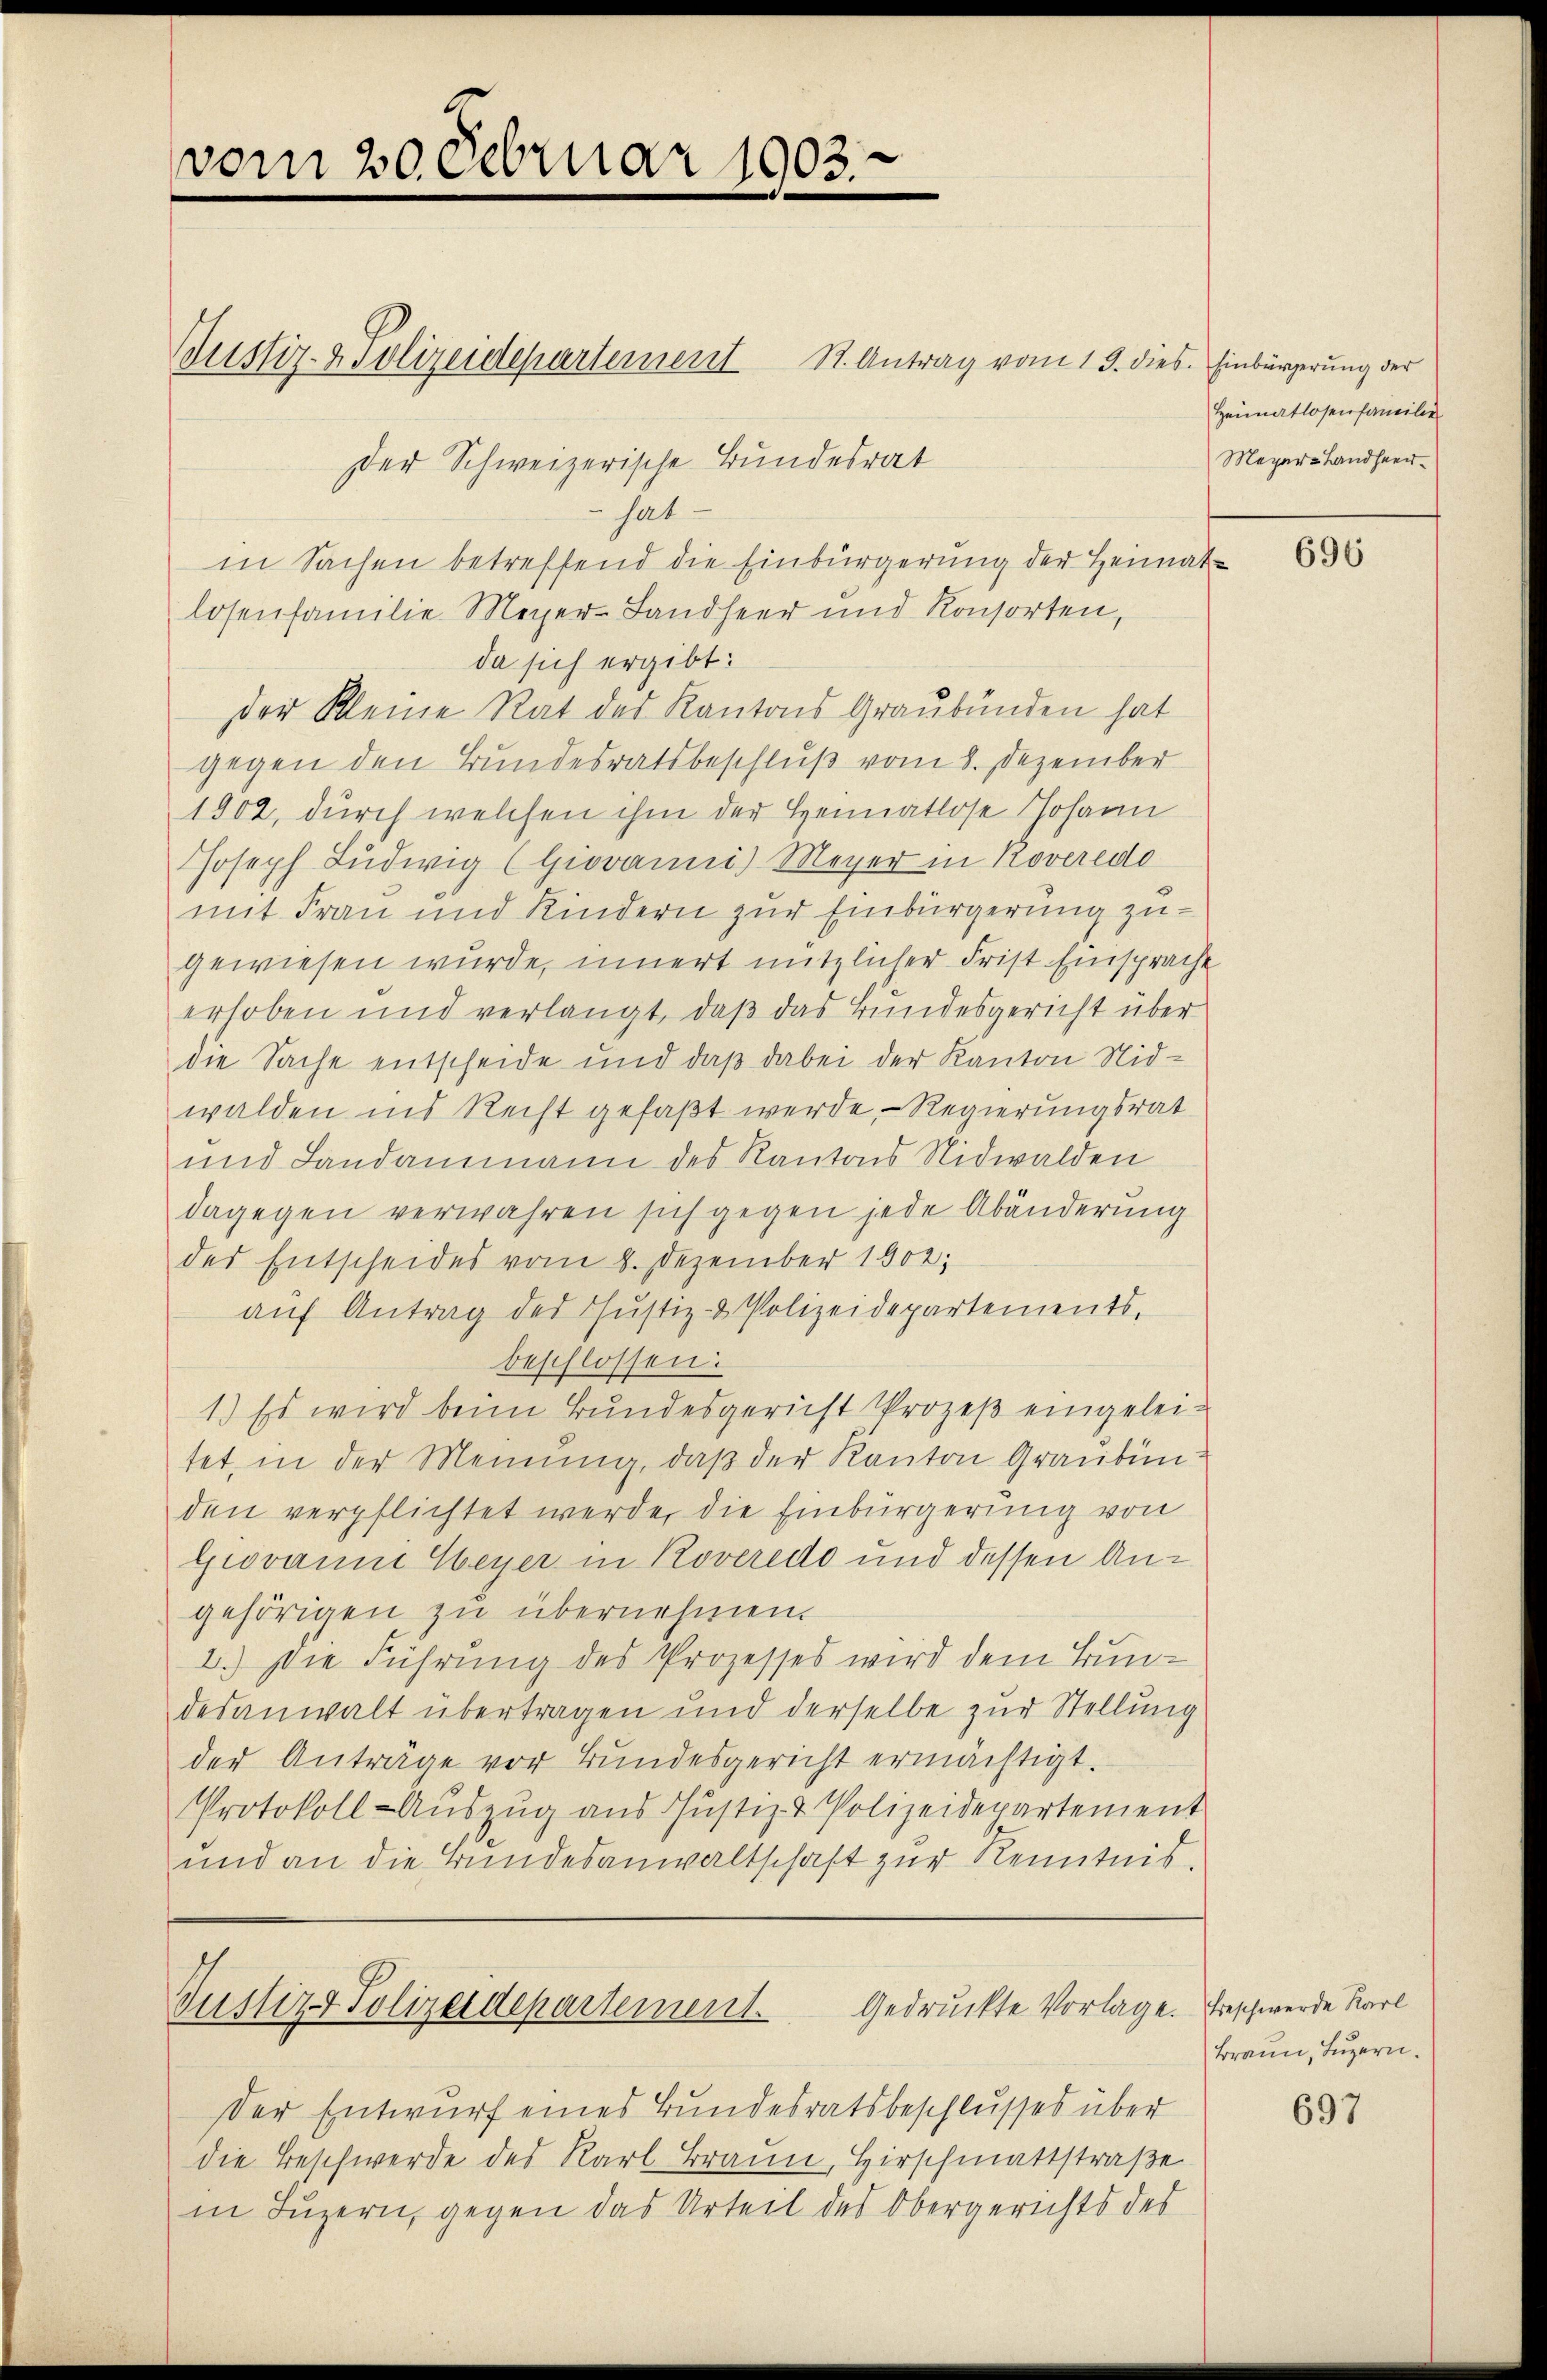
vom 20. Februar 1903.

Der Schweizerische Bundesrat

Justiz- & Polizeidepartement St. Antrag vom 13. dies. Einbürgerung der
hat
in Sachen betreffend die Einbürgerung der Heimatlosenfamilie Meyer-Landseer und Konsorten,
da sich ergibt:
der Kleine Rat des Kantons Graubünden hat
gegen den Bundesratsbeschluß vom 8. Dezember
1902, durch welchen ihm der Heimatlose Johann
Joseph Ludwig (Giovanni) Meyer in Roveredo
mit Frau und Kindern zur Einbürgerung zugewiesen wurde, innert nützlicher Frist Einsprache
erhoben und verlangt, daß das Bundesgericht über
die Sache entscheide und daß dabei der Kanton Nidwalden ins Recht gefaßt werde, - Regierungsrat
und Landammann des Kantons Nidwalden
dagegen verwahren sich gegen jede Abänderung
des Entscheides vom 8. Dezember 1902;
aŭf Antrag der Justiz- & Polizeidepartements,
beschlossen:
1.) Es wird beim Bundesgericht Prozeß eingeleitet, in der Meinung, daβ der Kanton Graubünden verpflichtet werde, die Einbürgerung von
Giovanne Weyer in Roveredo und dessen Angehörigen zu übernehmen.
1.) Die Führung des Prozesses wird dem Bundesanwalt übertragen und derselbe zur Stellung
der Anträge vor Bundesgericht ermächtigt.
Protokoll-Aŭszŭg aŭs Justiz- & Polizeidepartement
und an die Bundesanwaltschaft zur Kenntnis.

Justiz & Polizeidepartement.
Gedruckte Vorlage.

Heimatlosenfamilie
Magar-Landhaeu-

Der Entwurf eines Bundesratsbeschlusses über
die Beschwerde des Karl Braun, Hirschmattstraße
in Luzern, gegen das Urteil des Obergerichts des

696

Beschwerde Karl
Braun, Luzern.

697